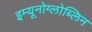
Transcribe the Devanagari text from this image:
इम्यूनोग्लोब्लिन